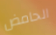
الحامض